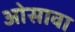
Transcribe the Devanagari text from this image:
ओसावा